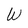
Character: W